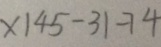
x 1 4 5 - 3 1 - 7 4